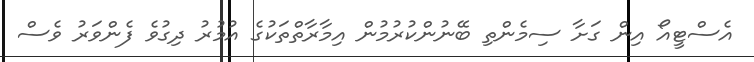
އެސްޓީއޯ އިން ގަށާ ސިމެންތި ބޭނުންކުރުމުން އިމާރާތްތަކުގެ އުމުރު ދިގުވެ ފެންވަރު ވެސް